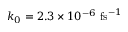
k _ { 0 } = 2 . 3 \times 1 0 ^ { - 6 } ~ \mathrm { f s } ^ { - 1 }